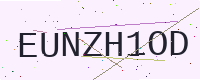
Text: EUNZH1OD